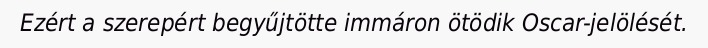
Ezért a szerepért begyűjtötte immáron ötödik Oscar-jelölését.